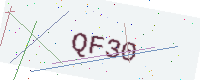
Text: QF30